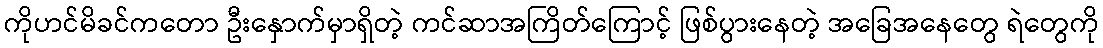
ကိုဟင်မိခင်ကတော ဦးနှောက်မှာရှိတဲ့ ကင်ဆာအကြိတ်ကြောင့် ဖြစ်ပွားနေတဲ့ အခြေအနေတွေ ရဲတွေကို